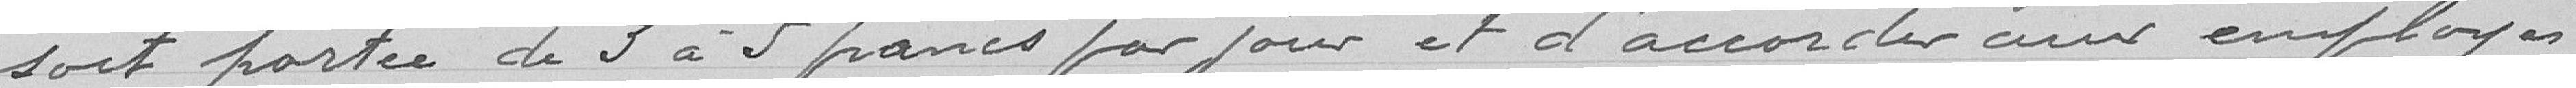
soit portée de 3 à 5 francs par jour et d'accorder aux employés